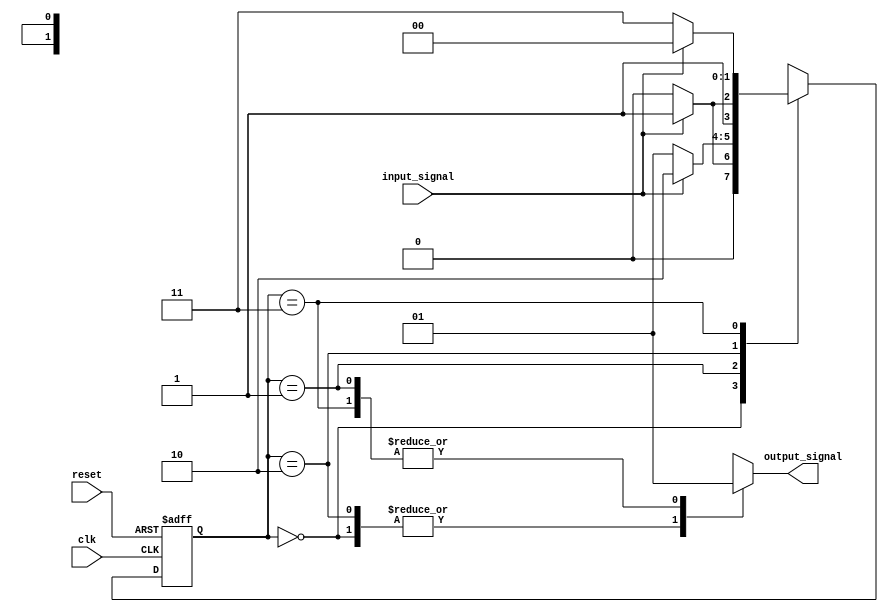
module finite_state_machine (
    input wire clk,
    input wire reset,
    input wire input_signal,
    output reg output_signal
);

// Define states
parameter S0 = 2'b00;
parameter S1 = 2'b01;
parameter S2 = 2'b10;
parameter S3 = 2'b11;

// Define state register
reg [1:0] state, next_state;

always @ (posedge clk or posedge reset) begin
    if (reset) begin
        state <= S0;
    end else begin
        state <= next_state;
    end
end

// Define state transitions and output logic
always @ (*) begin
    case (state)
        S0: begin
            if (input_signal) begin
                next_state = S1;
            end else begin
                next_state = S0;
            end
            output_signal = 0;
        end
        S1: begin
            if (input_signal) begin
                next_state = S2;
            end else begin
                next_state = S1;
            end
            output_signal = 1;
        end
        S2: begin
            if (input_signal) begin
                next_state = S3;
            end else begin
                next_state = S2;
            end
            output_signal = 0;
        end
        S3: begin
            if (input_signal) begin
                next_state = S0;
            end else begin
                next_state = S3;
            end
            output_signal = 1;
        end
    endcase
end

endmodule